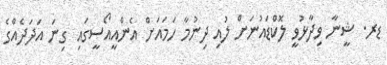
ޑރ. ޝީނާ ވިދާޅުވީ ލޮކްޑައުނަށް ލުއި ދިނުމާ ހަމައަށް އެންއީއޯސީގައި ގިނަ އަދަދެއްގެ